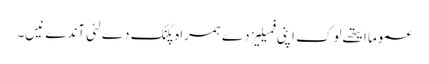
عموما ایتھ‏ے لوک اپنی فمیلیز دے ہمراہ پکنک دے لئی آندے نی‏‏‏‏ں۔